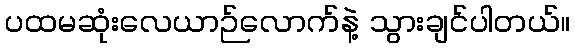
ပထမဆုံးလေယာဉ်လောက်နဲ့ သွားချင်ပါတယ်။